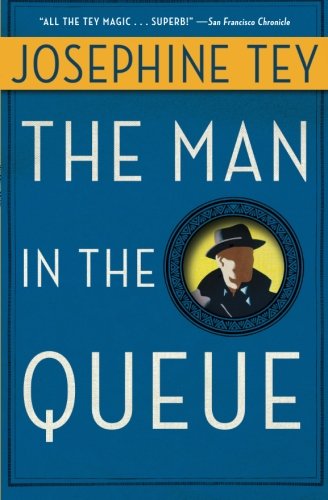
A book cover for Man in the Queue; Josephine Tey; Mystery, Thriller & Suspense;